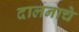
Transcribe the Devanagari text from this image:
दालनाचे